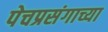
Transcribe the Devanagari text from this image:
पेचप्रसंगाच्या